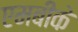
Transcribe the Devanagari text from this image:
एमबीके